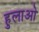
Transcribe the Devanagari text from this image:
हुलाओ